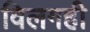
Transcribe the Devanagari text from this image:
विलगही